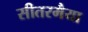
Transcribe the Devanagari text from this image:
सीतरमैया